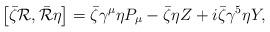
LaTeX: \begin{align*}\left[\bar{\zeta}{\cal R}, \bar{\cal R} \eta \right]= \bar{\zeta} \gamma^\mu \eta P_\mu - \bar{\zeta} \eta Z +i\bar{\zeta} \gamma^5 \eta Y, \end{align*}